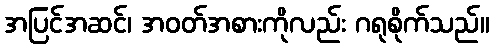
အပြင်အဆင်၊ အဝတ်အစားကိုလည်း ဂရုစိုက်သည်။